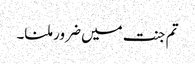
تم جنت میں ضرور ملنا۔